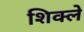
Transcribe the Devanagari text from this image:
शिक्ले